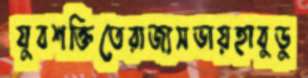
যুবশক্তিতেরাজ্যসভায়হাবুডু